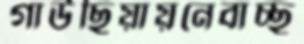
গাউছিয়ায়নেবাচ্ছ